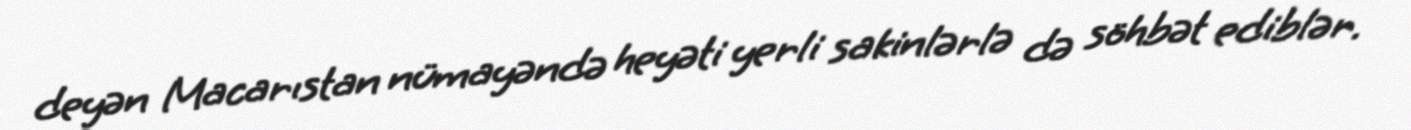
deyən Macarıstan nümayəndə heyəti yerli sakinlərlə də söhbət ediblər.